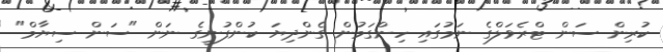
ކުރިން ސަން ޓްރެވަލްގެ ނަމުގައި ހިންގަމުން ގެންދިޔަ ކުންފުނީގެ ނަން "ސަން ސިޔާމް"